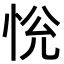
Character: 恱